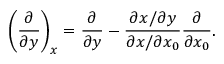
\left( \frac { \partial } { \partial y } \right) _ { x } = \frac { \partial } { \partial y } - \frac { \partial x / \partial y } { \partial x / \partial x _ { 0 } } \frac { \partial } { \partial x _ { 0 } } .